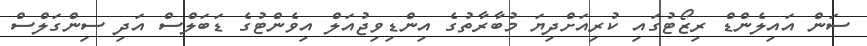
ސަން އައިލެންޑް ރިޒޯޓުގައި ކުރިއަށްދިޔަ މުބާރާތުގެ އިންޑިވިޖުއަލް އިވެންޓުގެ ޑަބަލްސް އަދި ސިންގަލްސް